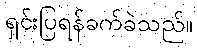
ရှင်းပြရန်ခက်ခဲသည်။